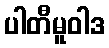
ပါတီမူဝါဒ